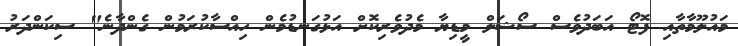
މައުލޫމާތާއި ފޮޓޯ އަބަދުވެސް ސޯޝަލް މީޑިޔާ މެދުވެރިކޮށް އަޅުގަނޑުމެން ހިއްސާކުރަމުން ގެންދާނެ" ސިކަންދަރު